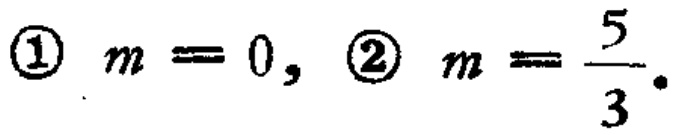
\textcircled{1} \(m = 0\), \textcircled{2} \(m=\frac{5}{3}\).